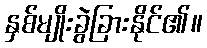
နှစ်မျိုးခွဲခြားနိုင်၏။